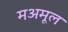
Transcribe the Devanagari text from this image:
मअमूल